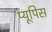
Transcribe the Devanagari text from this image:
प्यूपिस